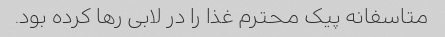
متاسفانه پیک محترم غذا را در لابی رها کرده بود.